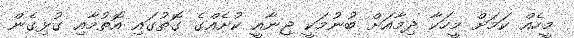
މީހެއް ކަމަށް މީހަކާ ދިމާއަށް ބުނުމަކީ ޖިނާއީ ކުށެއްގެ ގޮތުގައި އޮތުމާއި ގުޅިގެން